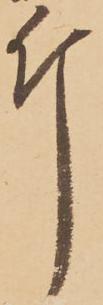
斤